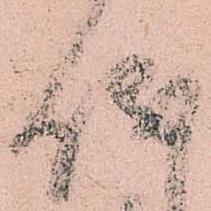
儀